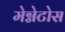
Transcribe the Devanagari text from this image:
मेग्नेटोस